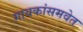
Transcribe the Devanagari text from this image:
गायकांसमवेत